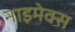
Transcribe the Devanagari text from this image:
नाइमेक्स